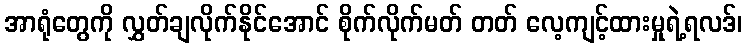
အာရုံတွေကို လွှတ်ချလိုက်နိုင်အောင် စိုက်လိုက်မတ် တတ် လေ့ကျင့်ထားမှုရဲ့ရလဒ်၊